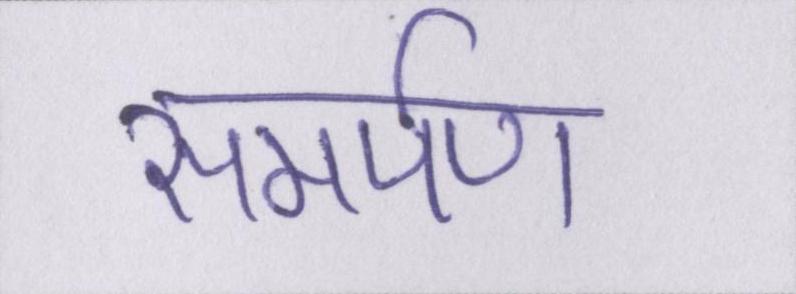
समर्पण